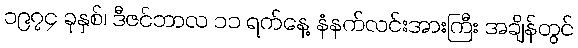
၁၉၇၄ ခုနှစ်၊ ဒီဇင်ဘာလ ၁၁ ရက်နေ့ နံနက်လင်းအားကြီး အချိန်တွင်